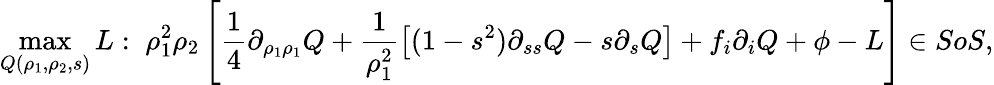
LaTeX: \operatorname*{max}_{Q(\rho_{1},\rho_{2},s)}L:\; \rho_{1}^{2}\rho_{2}\left[\frac{1}{4}\partial_{\rho_{1}\rho_{1}}Q+\frac{1}{\rho_{1}^{2}}\left[(1-s^{2})\partial_{ss}Q-s\partial_{s}Q\right]+f_{i}\partial_{i}Q+\phi-L\right]\in SoS,